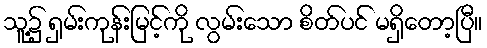
သူ့၌ ရှမ်းကုန်းမြင့်ကို လွမ်းသော စိတ်ပင် မရှိတော့ပြီ။